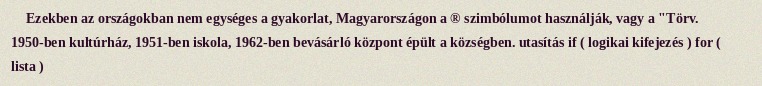
Ezekben az országokban nem egységes a gyakorlat, Magyarországon a ® szimbólumot használják, vagy a "Törv. 1950-ben kultúrház, 1951-ben iskola, 1962-ben bevásárló központ épült a községben. utasítás if ( logikai kifejezés ) for ( lista )